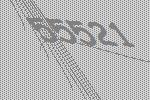
55521